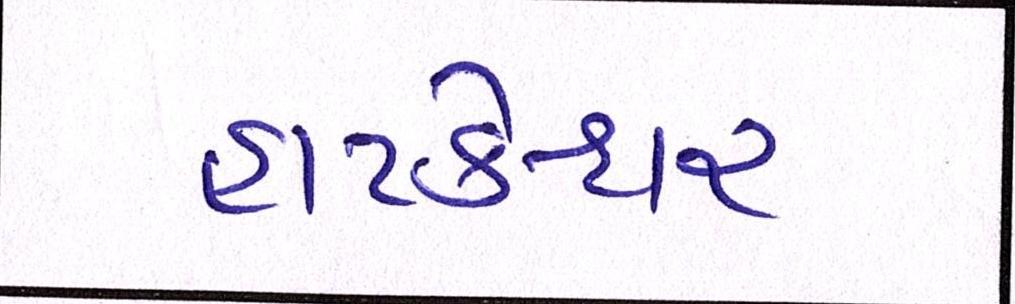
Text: હાટકેશ્વર